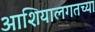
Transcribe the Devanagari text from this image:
आशियालगतच्या